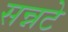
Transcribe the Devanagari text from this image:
सन्नटे